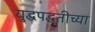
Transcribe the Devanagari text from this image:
युद्धपद्धतीच्या